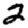
Digit: 2